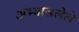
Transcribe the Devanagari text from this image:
अभ्यासलेले